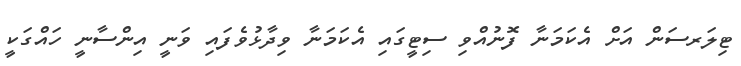
ޓިލަރސަން އަށް އެކަމަނާ ފޮނުއްވި ސިޓީގައި އެކަމަނާ ވިދާޅުވެފައި ވަނީ އިންސާނީ ހައްގަކީ